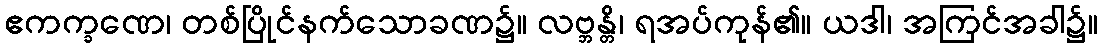
ဧကက္ခဏေ၊ တစ်ပြိုင်နက်သောခဏ၌။ လဗ္ဘန္တိ၊ ရအပ်ကုန်၏။ ယဒါ၊ အကြင်အခါ၌။